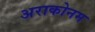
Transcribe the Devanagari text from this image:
अराकोनम